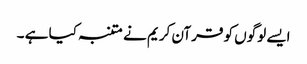
ایسے لوگوں کو قرآن کریم نے متنبہ کیا ہے ۔